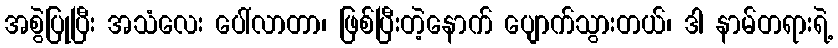
အစွဲပြုပြီး အသံလေး ပေါ်လာတာ၊ ဖြစ်ပြီးတဲ့နောက် ပျောက်သွားတယ်၊ ဒါ နာမ်တရားရဲ့